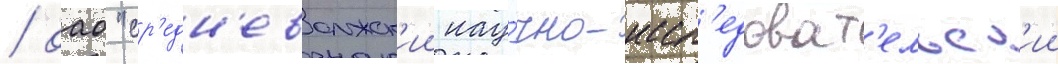
/ оао "ср'едн'еволжск'ии нау́чно-иссл'едоват'ельск'ии